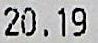
20.19